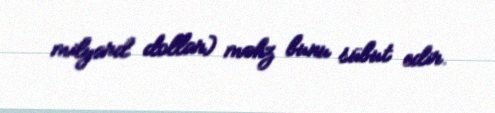
milyard dollar) məhz bunu sübut edir.